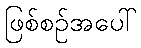
ဖြစ်စဉ်အပေါ်